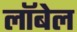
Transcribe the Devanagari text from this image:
लॉबेल